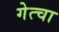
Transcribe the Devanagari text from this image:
गेत्चा